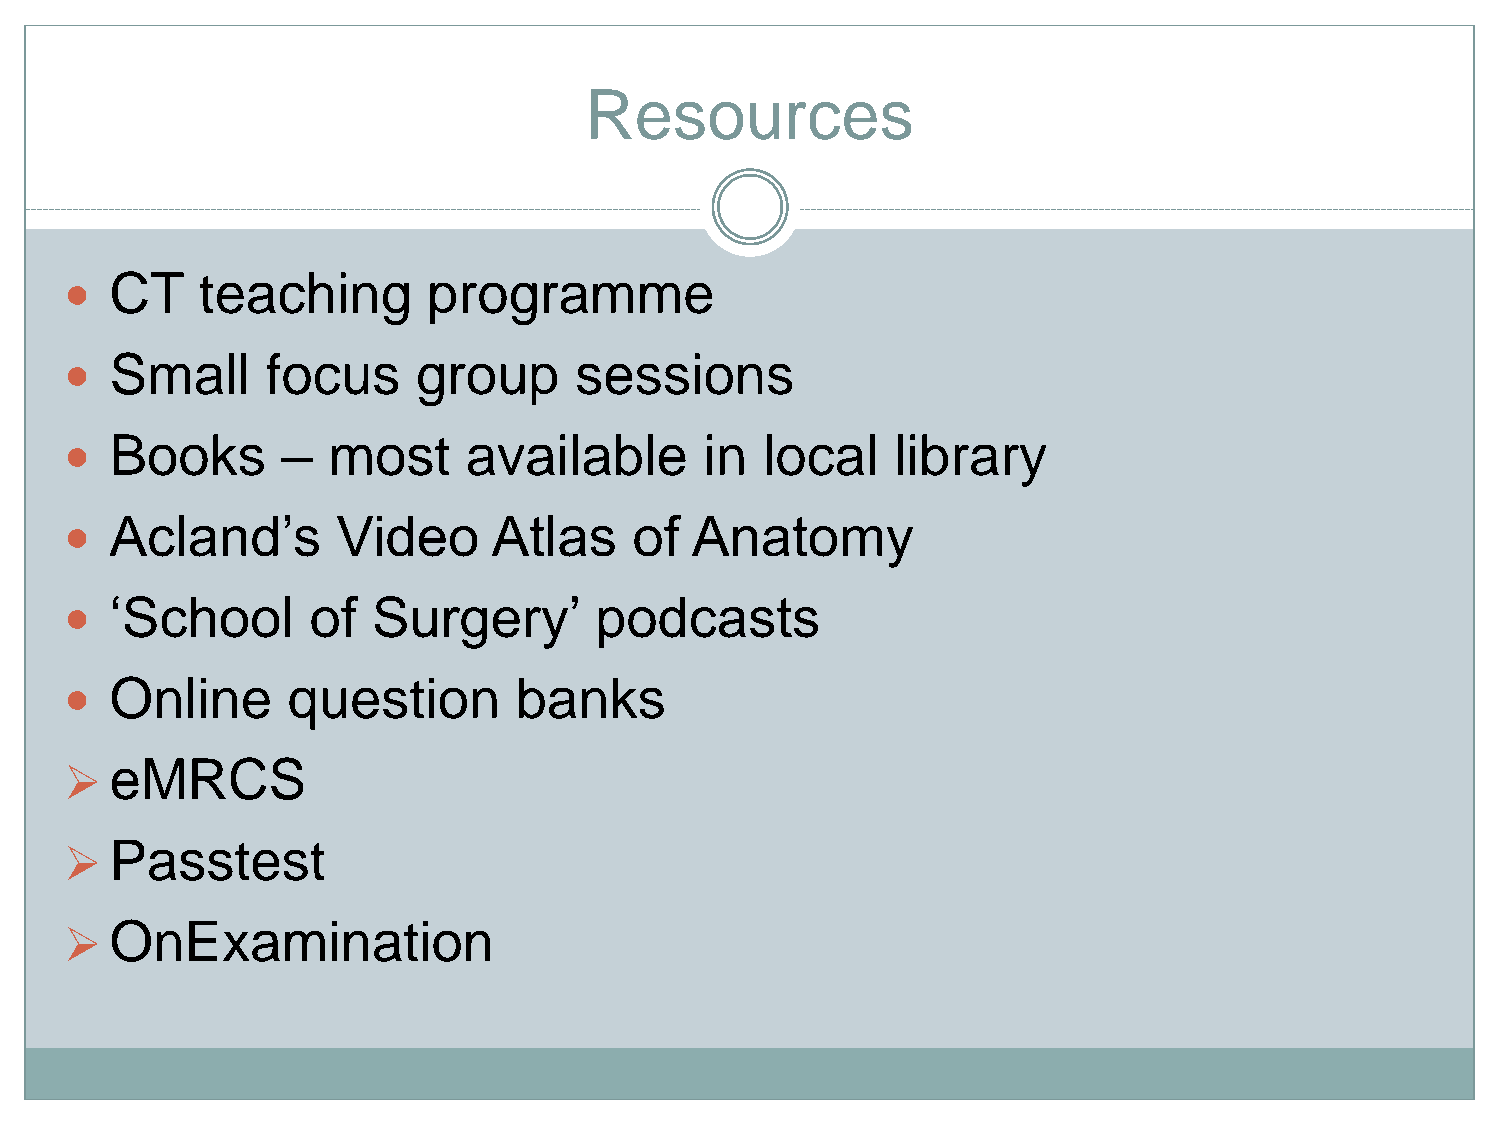
Resources
 CT    teaching       programme
 
 Small      focus     group     sessions
 
 Books       –  most     available       in  local   library
 
 Acland’s       Video      Atlas    of  Anatomy
 
 ‘School      of   Surgery’      podcasts
 
 Online      question       banks
 
 eMRCS
 ➢
 Passtest
 ➢
 OnExamination
 ➢